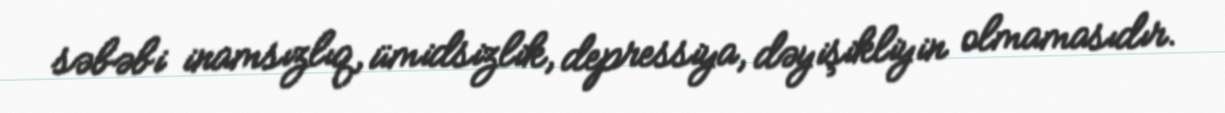
səbəbi inamsızlıq, ümidsizlik, depressiya, dəyişikliyin olmamasıdır.